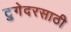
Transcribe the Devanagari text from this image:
टुगेदरसाठी